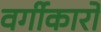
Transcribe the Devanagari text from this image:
वर्गीकारों